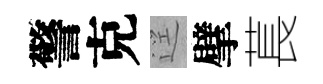
警克逕擘萇